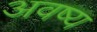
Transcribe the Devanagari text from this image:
अवष्य